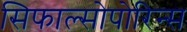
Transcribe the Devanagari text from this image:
सिफाल्सोपोरिन्स